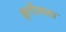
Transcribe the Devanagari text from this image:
क्षरीयता